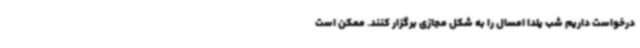
درخواست داریم شب یلدا امسال را به شکل مجازی برگزار کنند. ممکن است